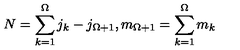
N = \sum _ { k = 1 } ^ { \Omega } j _ { k } - j _ { \Omega + 1 } , m _ { \Omega + 1 } = \sum _ { k = 1 } ^ { \Omega } m _ { k }